[Report on the health of British troops in the Madras command]
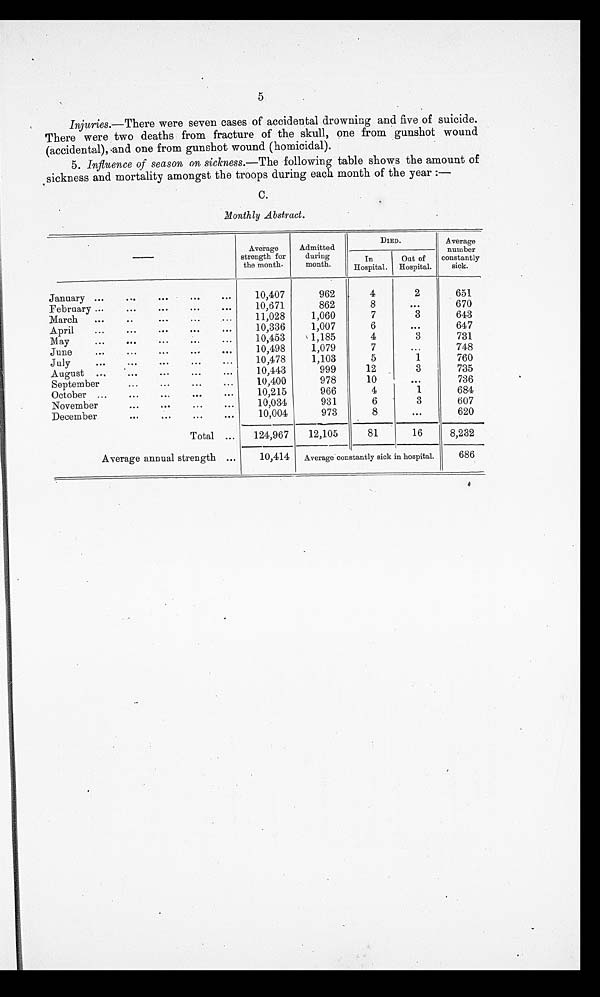
5
Injuries.—There were seven cases of accidental drowning and five of suicide.
There were two deaths from fracture of the skull, one from gunshot wound
(accidental), and one from gunshot wound (homicidal).
5. Influence of season on sickness.—The following table shows the amount of
sickness and mortality amongst the troops during each month of the year:—
C.
Monthly Abstract.
—
Average
strength for
the month.
Admitted
during
month.
DIED.
Average
number
constantly
sick.
In
Hospital.
Out of
Hospital.
January . . .
10,407
962
4
2
651
February . . .
10,671
862
8
. . .
670
March . . .
11,028
1,060
7
3
643
April . . .
10,336
1,007
6
. . .
647
May . . .
10,453
1,185
4
3
731
June . . .
10,498
1,079
7
. . .
748
July . . .
10,478
1,103
5
1
760
August . . .
10,443
999
12
3
735
September . . .
10,400
978
10
. . .
736
October . . .
10,215
966
4
1
684
November . . .
10,034
931
6
3
607
December . . .
10,004
973
8
. . .
620
Total . . .
124,967
12,105
81
16
8,232
Average annual strength . . .
10,414
Average constantly sick in hospital.
686